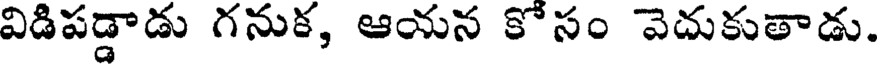
విడిపడ్డాడు గనుక, ఆయన కోసం వెదుకుతాడు.